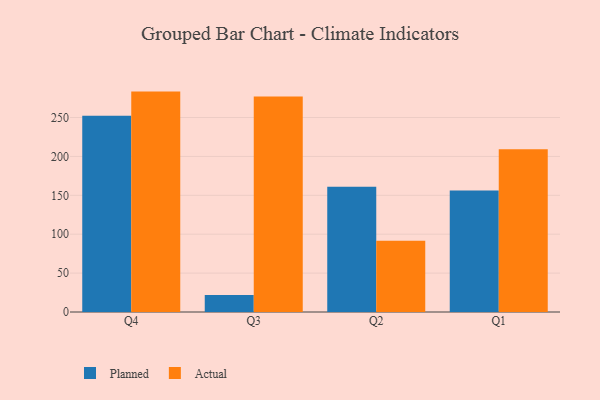
{"axis": {"x": "Quarter", "y": "Net Income (USD K)"}, "legend": ["Actual", "Planned"], "data": [{"x": "Q4", "y": 252.2, "type": "Planned"}, {"x": "Q4", "y": 283.3, "type": "Actual"}, {"x": "Q3", "y": 21.8, "type": "Planned"}, {"x": "Q3", "y": 276.9, "type": "Actual"}, {"x": "Q2", "y": 160.9, "type": "Planned"}, {"x": "Q2", "y": 91.6, "type": "Actual"}, {"x": "Q1", "y": 156.1, "type": "Planned"}, {"x": "Q1", "y": 209.3, "type": "Actual"}]}